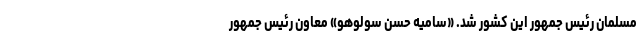
مسلمان رئیس جمهور این کشور شد. «سامیه حسن سولوهو» معاون رئیس جمهور